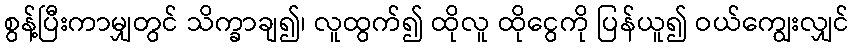
စွန့်ပြီးကာမျှတွင် သိက္ခာချ၍၊ လူထွက်၍ ထိုလူ ထိုငွေကို ပြန်ယူ၍ ဝယ်ကျွေးလျှင်